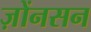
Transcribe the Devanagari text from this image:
ज़ोंनसन